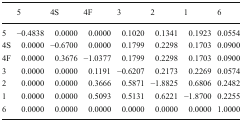
<table><thead><tr><td></td><td><b>5</b></td><td><b>4S</b></td><td><b>4F</b></td><td><b>3</b></td><td><b>2</b></td><td><b>1</b></td><td><b>6</b></td></tr></thead><tbody><tr><td>5</td><td>−0.4838</td><td>0.0000</td><td>0.0000</td><td>0.1020</td><td>0.1341</td><td>0.1923</td><td>0.0554</td></tr><tr><td>4S</td><td>0.0000</td><td>−0.6700</td><td>0.0000</td><td>0.1799</td><td>0.2298</td><td>0.1703</td><td>0.0900</td></tr><tr><td>4F</td><td>0.0000</td><td>0.3676</td><td>−1.0377</td><td>0.1799</td><td>0.2298</td><td>0.1703</td><td>0.0900</td></tr><tr><td>3</td><td>0.0000</td><td>0.0000</td><td>0.1191</td><td>−0.6207</td><td>0.2173</td><td>0.2269</td><td>0.0574</td></tr><tr><td>2</td><td>0.0000</td><td>0.0000</td><td>0.3666</td><td>0.5871</td><td>−1.8825</td><td>0.6806</td><td>0.2482</td></tr><tr><td>1</td><td>0.0000</td><td>0.0000</td><td>0.5093</td><td>0.5131</td><td>0.6221</td><td>−1.8700</td><td>0.2255</td></tr><tr><td>6</td><td>0.0000</td><td>0.0000</td><td>0.0000</td><td>0.0000</td><td>0.0000</td><td>0.0000</td><td>1.0000</td></tr></tbody></table>